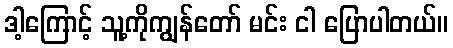
ဒါ့ကြောင့် သူ့ကိုကျွန်တော် မင်း ငါ ပြောပါတယ်။